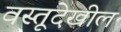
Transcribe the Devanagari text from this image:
वस्तूदेखील